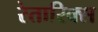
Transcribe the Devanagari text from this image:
रेतारिक्स